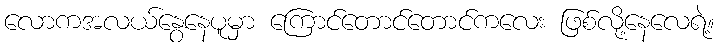
လောကအလယ်နွေနေပူမှာ ကြောင်တောင်တောင်ကလေး ဖြစ်လို့နေလေရဲ့။